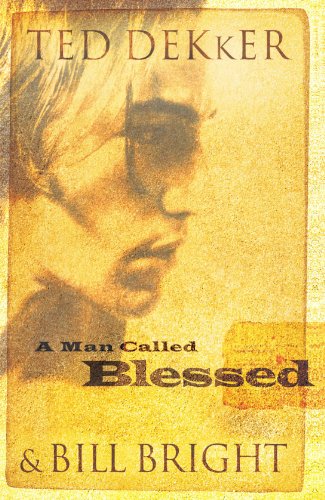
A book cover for A Man Called Blessed (The Caleb Books Series); Ted Dekker; Religion & Spirituality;